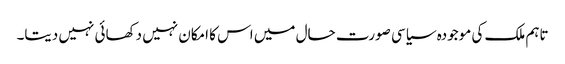
تاہم ملک کی موجودہ سیاسی صورت حال میں اس کا امکان نہیں دکھائی نہیں دیتا۔